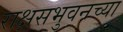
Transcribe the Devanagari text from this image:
राक्षसभुवनच्या